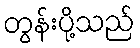
တွန်းပို့သည်